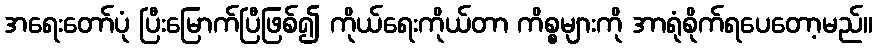
အရေးတော်ပုံ ပြီးမြောက်ပြီဖြစ်၍ ကိုယ်ရေးကိုယ်တာ ကိစ္စများကို အာရုံစိုက်ရပေတော့မည်။